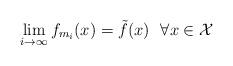
LaTeX: \begin{align*}\lim_{i \to \infty} f_{m_{i}}(x)=\tilde{f}(x)~~\forall x \in \mathcal{X}\end{align*}